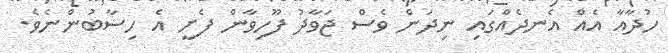
ހުދާއާ އެއް އެނދެއްގައި ނިދަން ވެސް ޖަވާދު ފޫހިވާން ފެށީ އެ ހިސާބުންނެވެ.